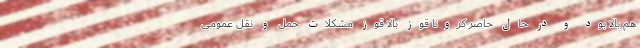
هم بالا بود و در حال حاضر کرونا قوز بالا قوز مشکلات حمل و نقل عمومی